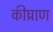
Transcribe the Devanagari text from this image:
कीघ्राण